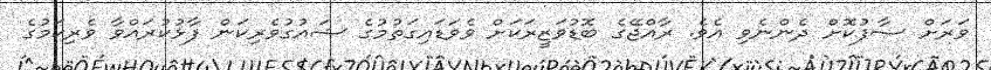
ވަރަށް ސާފުކޮށް ދެންނެވި އެވެ. ރާއްޖޭގެ ބޮޑުވަޒީރަކަށް ވެވަޑައިގަތުމުގެ ޝައުގުވެރިކަން ފާޅުކުރައްވާ ވެރިކަމުގެ